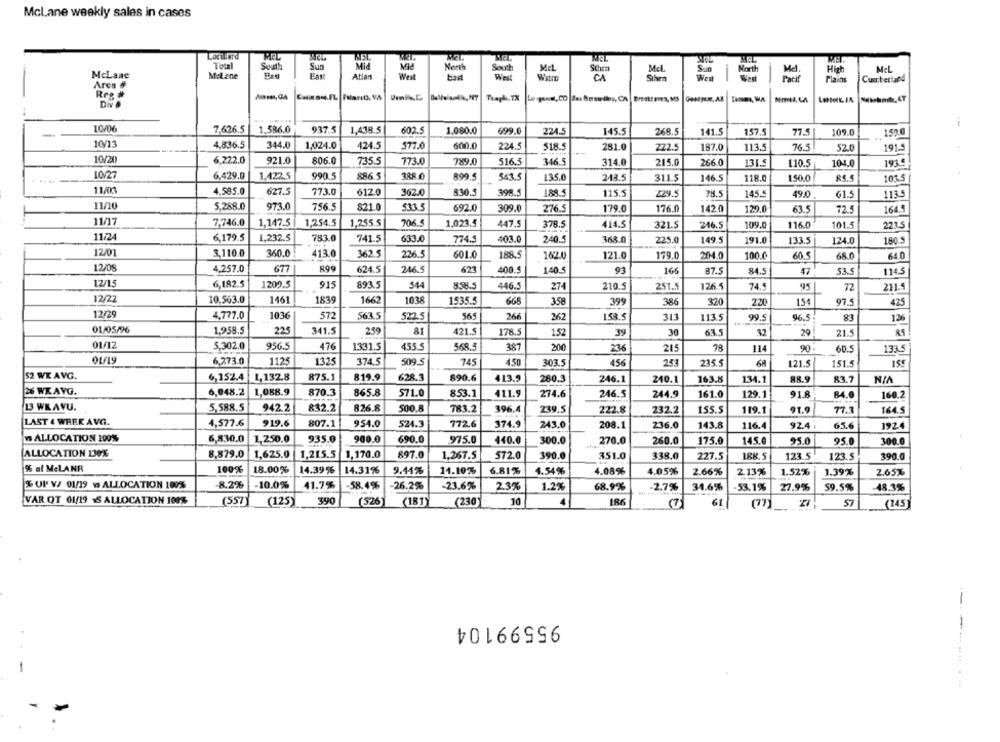
McLane weekly sales in cases
Lombard
PEL
Total
South
McL
North
McLane
Malene
Sua
North
South
Shora
Mel
Mel.
High
Mcl
Atlan
West
West
CA
Sıhm
Pacif
Plains
Cumberland
Area #
Ree #
Trapl, TX
Div .
i
10/06
7,626.5
1,586.0
937.5
1,438.5
602.5
1.080.0
699.0
224.5
145.5
268.5
141.5
157.5
77.5
109.0
1520
10/13
4,836.5
344.0
1,024.0
424.5
577.0
600.0
224.5
518.5
281.0
222.5
187.0
113.5
76.5
52.0
191-5
10/20
6,222.0
921.0
806.0
735.5
773.0
789.0
516.5
346.5
314.0
215.0
266.0
131.5
110.5
104.0
1934
10/27
6,429.0
1,422,5
990 5
886.5
388 0
899
543.5
135.0
213.5
311.5
146.5
118.0
150.0
85.5
1015
11/03
4,585.0
627.5
773.0
612.0
362.0
830.5
398.5
188.5
115.5
229.5
78.5
145.5
49.0
61.5
113.5
11/10
5.288.0
973.0
756.5
821.0
533.5
692.0
309.0
276.5
142.0
129.0
164.5
179.0
176.0
63.5
72.5
11/17
7,746.0
1,147.5
1,254.5
1,255.5
706.5
1,023.5
378.5
101.5
447.5
414.5
321.5
246.5
109.0
116.0
2215
11/24
6,179.5
1,232.5
783.0
741.5
633.0
774.5
240.5
403.0
368.0
225.0
149.5
191.0
133.5
124.0
180.5
12/01
3,110.0
413.0
362.5
226.5
360.0
601.0
188.5
162.0
121.0
179.0
204.0
100.0
60.5
68.0
640
12/08
4,257.0
624.5
623
677
246.5
400.5
140.5
91
166
87.5
84.5
47
53.5
114.5
12/15
6,182.5
1209.5
915
893.5
544
8.58.5
446.5
274
210.5
251.5
126.5
74.
95
72
2115
12/22
10,563.0
1461
1839
1662
1038
1535.5
665
356
399
386
320
220
154
97.5
425
12/29
4,777.0
1036
572
563.5
522.5
565
266
367
158.5
313
113.5
99.5
96.5
126
01/05/96
1,958.5
225
341.5
259
81
421.5
178.5
15
39
30
63.5
32
29
21.5
01/12
5,302.0
956.5
476
1331.5
455.5
568.5
387
236
215
78
114
90.
60.5
133.5
01/19
6.273.0
1125
1325
374.5
509.5
745
450
303.5
456
253
235.5
121.5
151.5
52 WK AVG.
6,152.4
1,132.8
875.1
819.9
628.3
890.6
413.9
280.3
246.1
240.1
163.8
134.1
88.9
83.7
NIA
26 WKAYG.
6,048.2
1,088.9
870.3
865.8
571.0
853.1
411.9
274.6
246.5
244.9
161.0
129.1
91.8
84.0
160.2
13 WEAVU.
5,588.5
942.2
832.2
826.8
500.8
783.2
396.4
239.5
232.2
155.5
119.1
77.7
164.5
222.8
91.9
LAST 4 WEEK AVG.
4,577.6
919.6
807.1
954.0
524.3
772.6
374.9
243.0
208.1
236.0
143.8
116.4
92.4 .
65.6
1924
W ALLOCATION 199%
935.0
900.0
6,830.0
1,250.0
690.0
975.0
440.0
300.0
270.0
260.0
175.0
145.6
95.0
95.0
300.0
ALLOCATION 130%
8,879.0
1,625.0
1,215.5
1,170.0
897.0
1,267.5
572.0
390.0
351.0
338.0
227.5
188.5
123. 5
123.5
390.0
% ol MeLANA
100%
18.00%
14.39%
14.31%
9.44%
11.10%%
6.81%
1.54%
4.08%
4.05%
2.66%
2.13%
1.52%
1.39%
2.65%
% UL V/ 01/19 w ALLOCATION 100%
8.2%
10.0%
41.7%
-58.4%
26.2%
-23.6%
23%
1.2%
68.9%
-2.7%
34.6%
-53.1%
27.9%
59.5%
48.3%
VAR OT 01/19 - ALLOCATION 100%
(557)
(125)
390
(526)
(181)
(230)
10
186
61
(77)
(145]
95599104
-----....